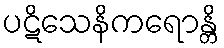
ပဋိသေနိကရောန္တိ